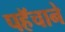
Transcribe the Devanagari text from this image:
पहॅचाने